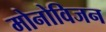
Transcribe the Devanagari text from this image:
मोनोविजन